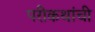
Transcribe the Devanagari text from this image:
परीकथांची